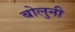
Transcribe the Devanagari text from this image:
बोलुनी